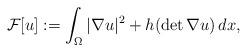
LaTeX: \begin{align*}\mathcal{F}[u]:=\int_\Omega |\nabla u|^2 + h(\det \nabla u) \,dx,\end{align*}